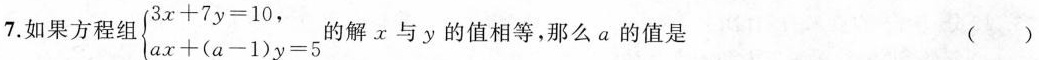
7.如果方程组$$\begin {cases}